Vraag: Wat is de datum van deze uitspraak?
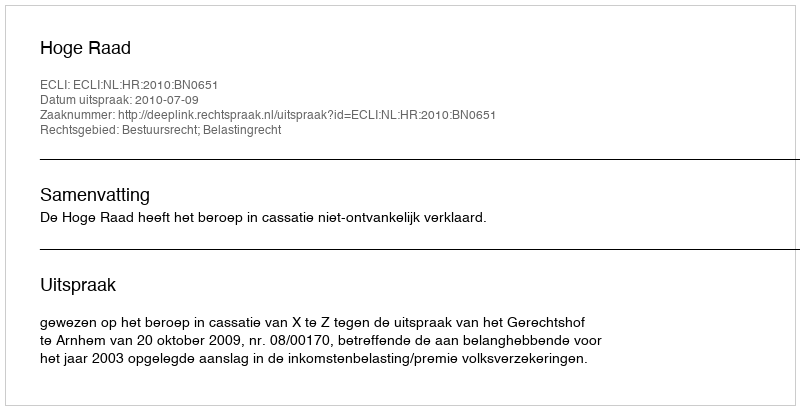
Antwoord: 2010-07-09